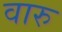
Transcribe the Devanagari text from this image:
वारु